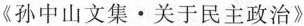
《孙中山文集·关于民主政治》